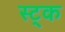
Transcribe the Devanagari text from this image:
स्ट्क